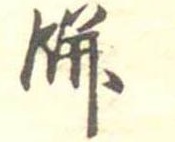
餅